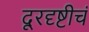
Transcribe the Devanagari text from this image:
दूरदृष्टीचं